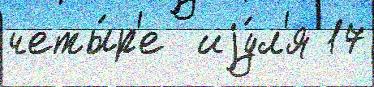
четы́р'е  иjу́л'я 17